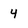
Character: 4